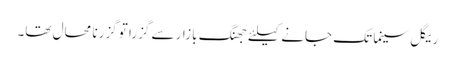
ریگل سینما تک جانے کیلئے جھنگ بازار سے گزرا تو گزرنا محال تھا۔